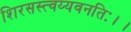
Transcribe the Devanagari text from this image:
शिरसस्त्वय्यवनतिः।।